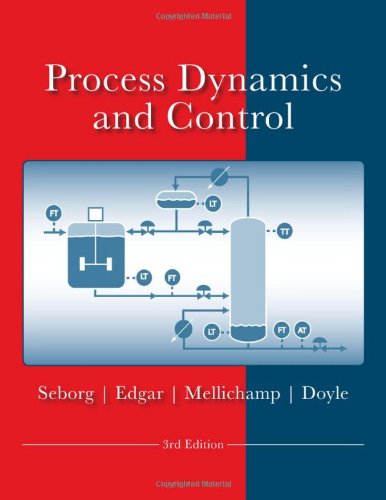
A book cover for Process Dynamics and Control; Dale E. Seborg; Engineering & Transportation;